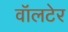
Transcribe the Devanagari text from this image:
वॉलटेर